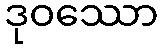
ဒုဝဿော